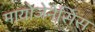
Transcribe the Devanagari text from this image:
मायोजेनेसिस